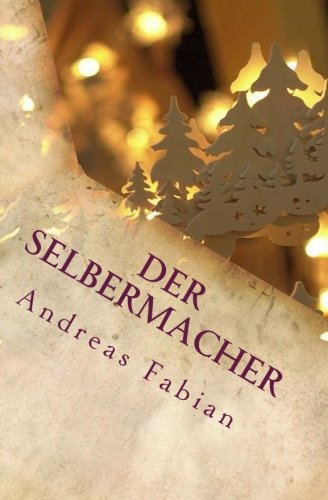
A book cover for Der Selbermacher: Schwibbogen zum Advent selber bauen (German Edition); Andreas Fabian; Crafts, Hobbies & Home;